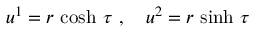
u ^ { 1 } = r \, \cosh \, \tau \ , \ \ \ u ^ { 2 } = r \, \sinh \, \tau